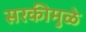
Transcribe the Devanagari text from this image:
सरकीमुळे